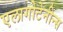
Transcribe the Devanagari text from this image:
एलागोटेनीन्स